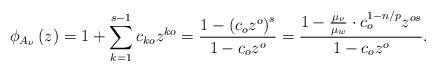
LaTeX: \begin{align*}\phi_{A_{\nu}}\left(z\right) =1+\sum_{k=1}^{s-1}c_{ko}z^{ko} =\frac{1-\left(c_{o}z^{o}\right)^{s}}{1-c_{o}z^{o}} =\frac{1-\frac{\mu_{\nu}}{\mu_{w}}\cdot c_{o}^{1-n/p}z^{os}}{1-c_{o}z^{o}}. \end{align*}